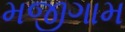
મજીગામ